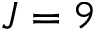
J = 9